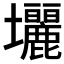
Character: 𡔓